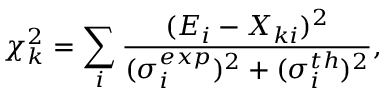
\chi _ { k } ^ { 2 } = \sum _ { i } \frac { ( E _ { i } - X _ { k i } ) ^ { 2 } } { ( \sigma _ { i } ^ { e x p } ) ^ { 2 } + ( \sigma _ { i } ^ { t h } ) ^ { 2 } } ,